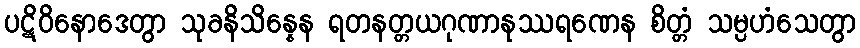
ပဋိဝိနောဒေတွာ သုခနိသိန္နေန ရတနတ္တယဂုဏာနုဿရဏေန စိတ္တံ သမ္ပဟံသေတွာ